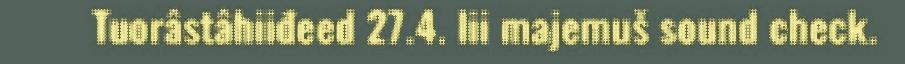
Tuorâstâhiiđeed 27.4. lii majemuš sound check.